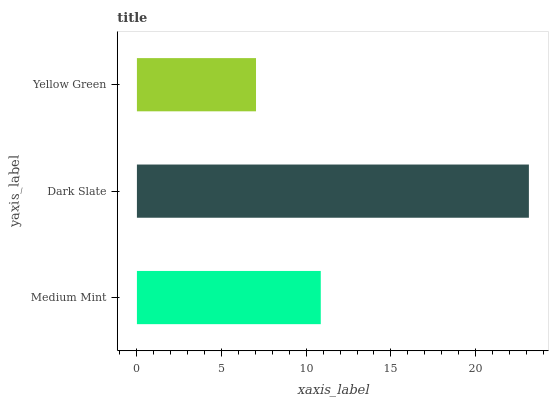
| yaxis_label | bars |
 | --- | --- |
 | Medium Mint | 10.9 |
 | Dark Slate | 23.1 |
 | Yellow Green | 7.03 |